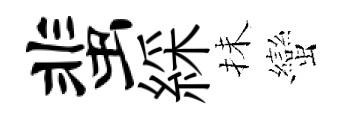
蜚綵抺蠻